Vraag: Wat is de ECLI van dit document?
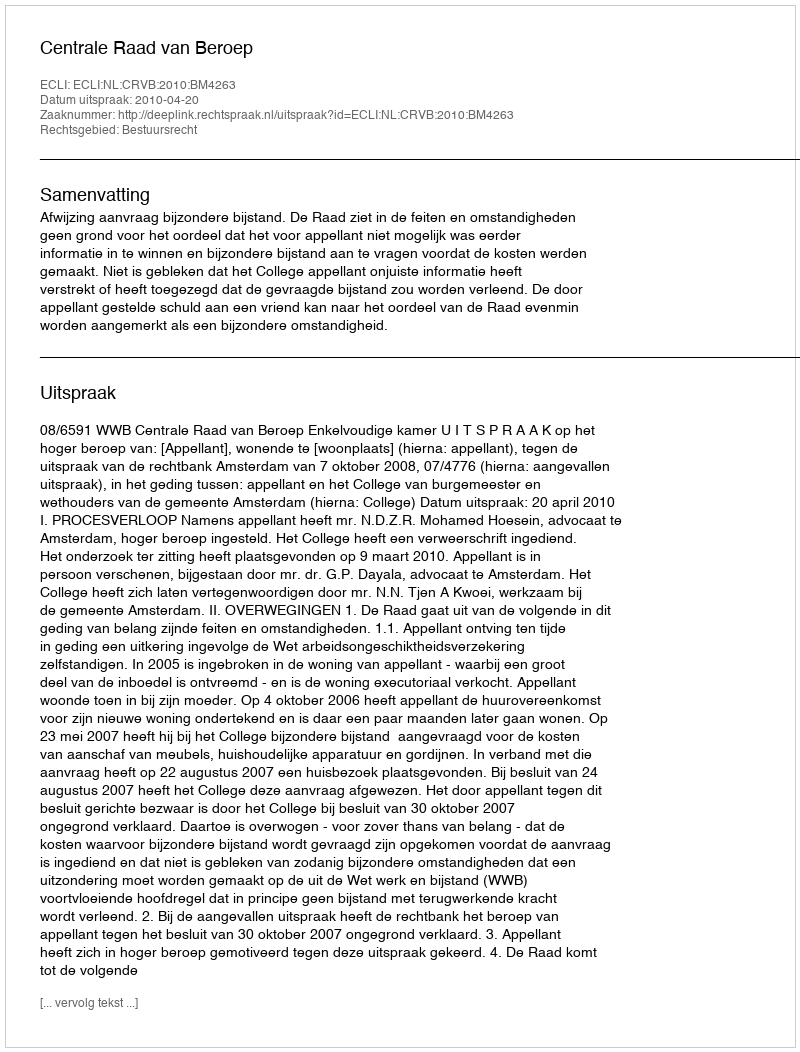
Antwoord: ECLI:NL:CRVB:2010:BM4263